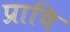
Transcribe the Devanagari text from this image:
प्राचि